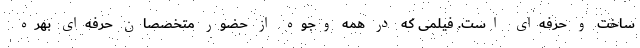
ساخت و حرفه‌ای است. فیلمی که در همه وجوه از حضور متخصصان حرفه‌ای بهره